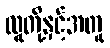
လူတို့နှင့်အတူ